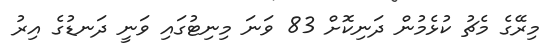
މިރޭގެ މެޗު ކުޅެމުން ދަނިކޮށް 83 ވަނަ މިނިޓުގައި ވަނީ ދަނޑުގެ އިރު